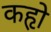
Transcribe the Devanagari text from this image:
कहृो